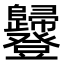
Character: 𧰥